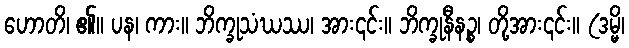
ဟောတိ၊ ၏။ ပန၊ ကား။ ဘိက္ခုသံဃဿ၊ အား၎င်း။ ဘိက္ခုနီနဉ္စ၊ တို့အား၎င်း။ (ဒမ္မိ၊